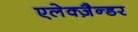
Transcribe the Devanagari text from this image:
एलेक्ज़ैन्डर